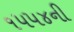
૧૫૫૪ની